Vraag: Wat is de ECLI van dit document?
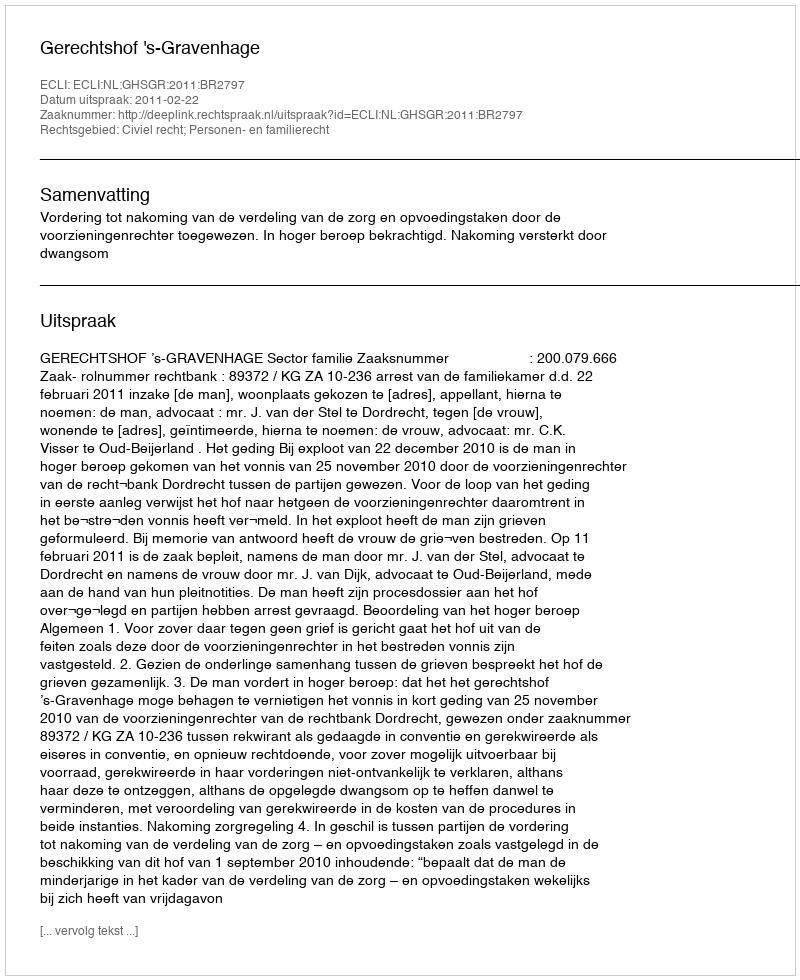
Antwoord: ECLI:NL:GHSGR:2011:BR2797